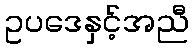
ဥပဒေနှင့်အညီ